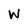
Character: W